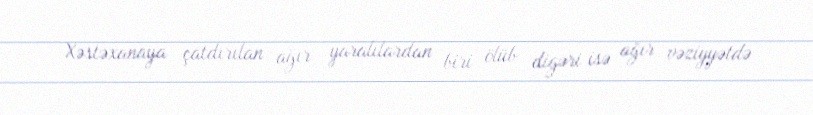
Xəstəxanaya çatdırılan ağır yaralılardan biri ölüb digəri isə ağır vəziyyətdə